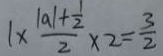
1 \times \frac { \vert a \vert + \frac { 1 } { 2 } } { 2 } \times 2 = \frac { 3 } { 2 }